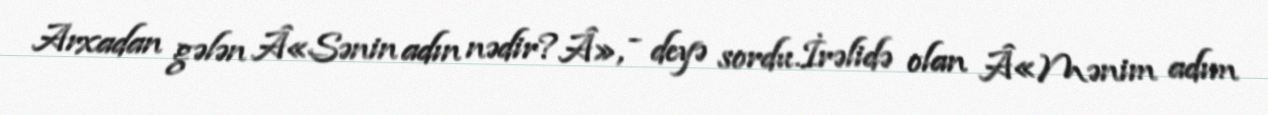
Arxadan gələn Â«Sənin adın nədir?Â», - deyə sordu.İrəlidə olan Â«Mənim adım